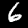
Digit: 6